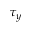
\tau _ { y }